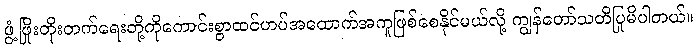
ဖွံ့ဖြိုးတိုးတက်ရေးတို့ကိုကောင်းစွာထင်ဟပ်အထောက်အကူဖြစ်စေနိုင်မယ်လို့ ကျွန်တော်သတိပြုမိပါတယ်။